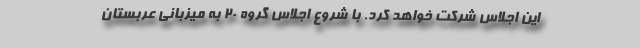
این اجلاس شرکت خواهد کرد. با شروع اجلاس گروه ۲۰ به میزبانی عربستان